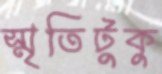
স্মৃতিটুকু